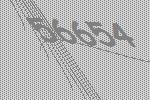
56654